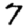
Digit: 7